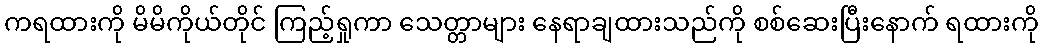
ကရထားကို မိမိကိုယ်တိုင် ကြည့်ရှုကာ သေတ္တာများ နေရာချထားသည်ကို စစ်ဆေးပြီးနောက် ရထားကို